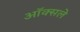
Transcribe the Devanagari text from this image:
ऑक्सले